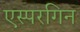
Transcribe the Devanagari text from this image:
एस्परगिन